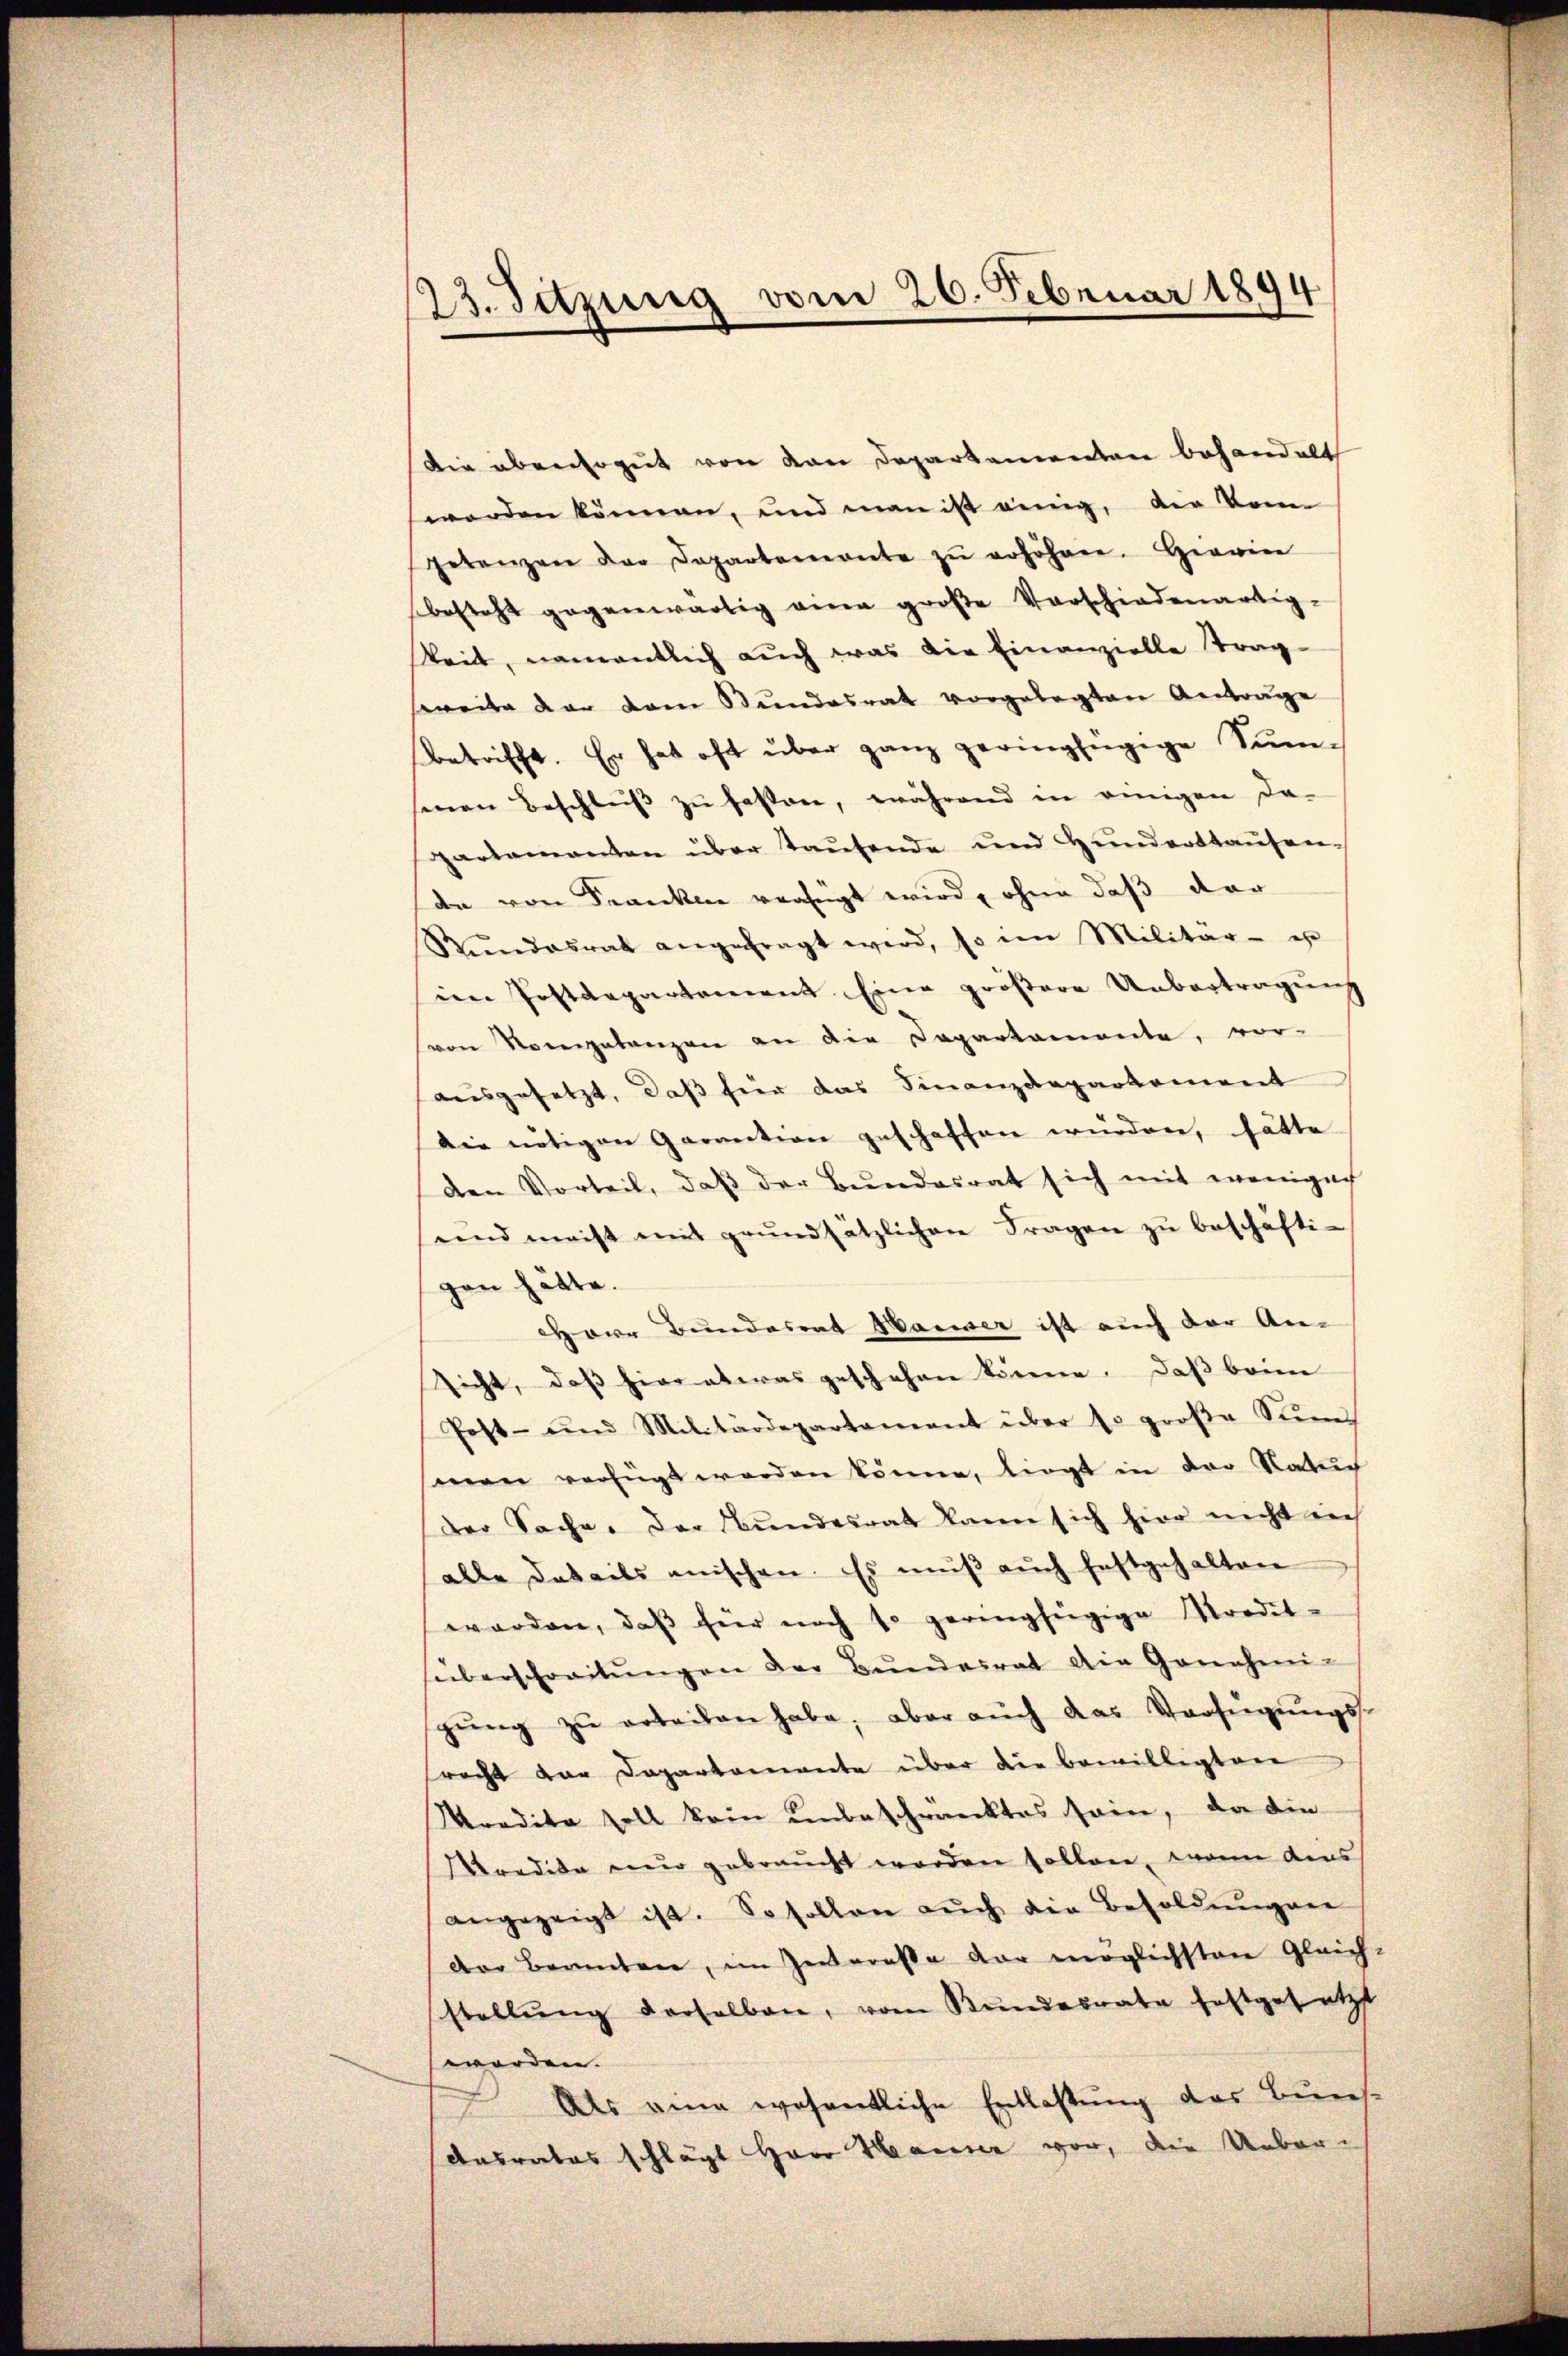
23. Setzung vom 26. Februar 1894

Die übensogut von von Departementen behandelt
werden können, und man ist einig, die kann
getanzen der Departemente zŭ erhöhen. Herren
besteht gegenwärtig einer große Vorschiedenartig-
keit, namentlich auch was die Einanzielle trag-
weite der dem Stundesrat vorgelegten Antrage
betrifft. Er hat oft über ganz geringfügige Sumsenen Beschleiß zu fasten, während in einigen da-
partamanten über taufende und Hunderstausen-
de von Franken verfügt wird, ohne daß dar
Stŭndesrat angefragt wird, so im Militär- er
im Postdepartement Eine größere Uebertragung
von Vorgetanzen an die Capartamente, vor-
aausgesetzt, daß hier das Finanzdepartement
die nötigen Garantion geschaffen wurden, hätte
den Vorteil, daß der Bundesrat sich mit wenigen
und meist mit grŭndsätzlichen Fragen zŭ beschäfti-
gen hätte.
Herr Bundesrat Hauser ist auch der An-
sicht, daß hier etwas geschehen könne. Daß beim
Post- und Militärdepartament über so groβe Sum
smen verfügt worden könne, liegt in der Natuch
Der Sache. Der Bundesrat kann sich hier nicht in
alle datails anischen. Es mŭβ aŭch festgehalten
worden, daβ für noch so geringfügige Kredit-
überschreitŭngen der Bŭndesrat die Genehmi-
gŭng zŭ erteilen habe, aber aŭch das Verfügŭngs-
srecht vor Departemente über die bewilligten
Kredita soll kein unbeschränktes sein, da die
Mredite nur gebraucht worden sollen, wenn das
angezeigt ist. So sollen aŭch die Besoldŭngen
der Beamtere, im Zwarasse dar möglichsten Gleich-
stellŭng derselben, vom Bundesrate festgesetzt
worden.
Als eine wesentliche Entlastung des Buns-
desrates schlägt Herr Hanne vor, die Ueber-